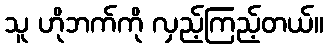
သူ ဟိုဘက်ကို လှည့်ကြည့်တယ်။